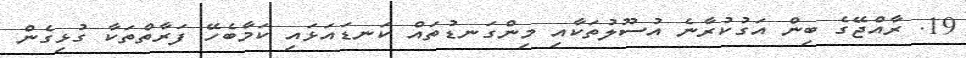
19. ރާއްޖޭގެ ބިން އަގުކުރާނެ އުސޫލުތަކާއި މިންގަނޑުތައް ކަނޑައަޅައި ކަމާބެހޭ ފަރާތްތަކާ ގުޅިގެން